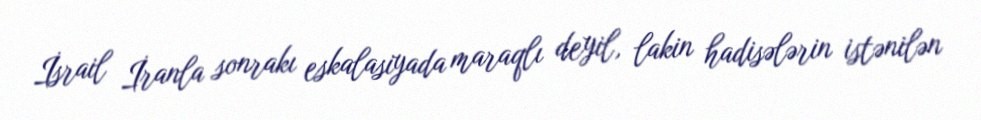
İsrail İranla sonrakı eskalasiyada maraqlı deyil, lakin hadisələrin istənilən